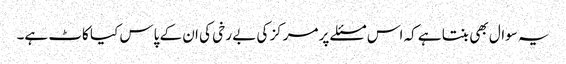
یہ سوال بھی بنتا ہے کہ اس مسئلے پر مرکز کی بے رخی کی ان کے پاس کیا کاٹ ہے۔